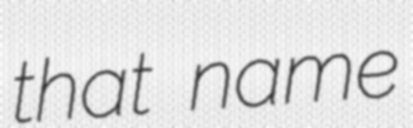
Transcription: that name